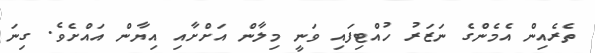
ތެރެއިން އެމެންގެ ނަޒަރު ހުއްޓިފައި ވަނީ މިލާން އަށްށާއި އިޔާން އައްށެވެ. ގިނަ